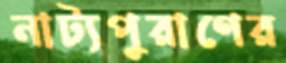
নাট্যপুরাণের